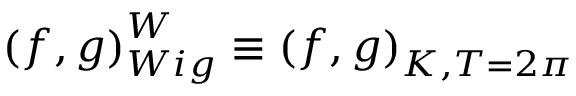
\left( f , g \right) _ { W i g } ^ { W } \equiv \left( f , g \right) _ { K , T = 2 \pi }